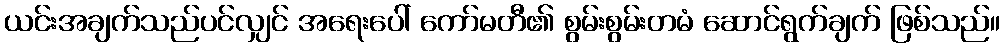
ယင်းအချက်သည်ပင်လျှင် အရေးပေါ် ကော်မတီ၏ စွမ်းစွမ်းတမံ ဆောင်ရွက်ချက် ဖြစ်သည်။